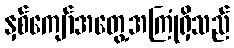
နှစ်ကျော်အတွေ့အကြုံရှိသည်